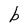
Character: b